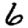
Digit: 6